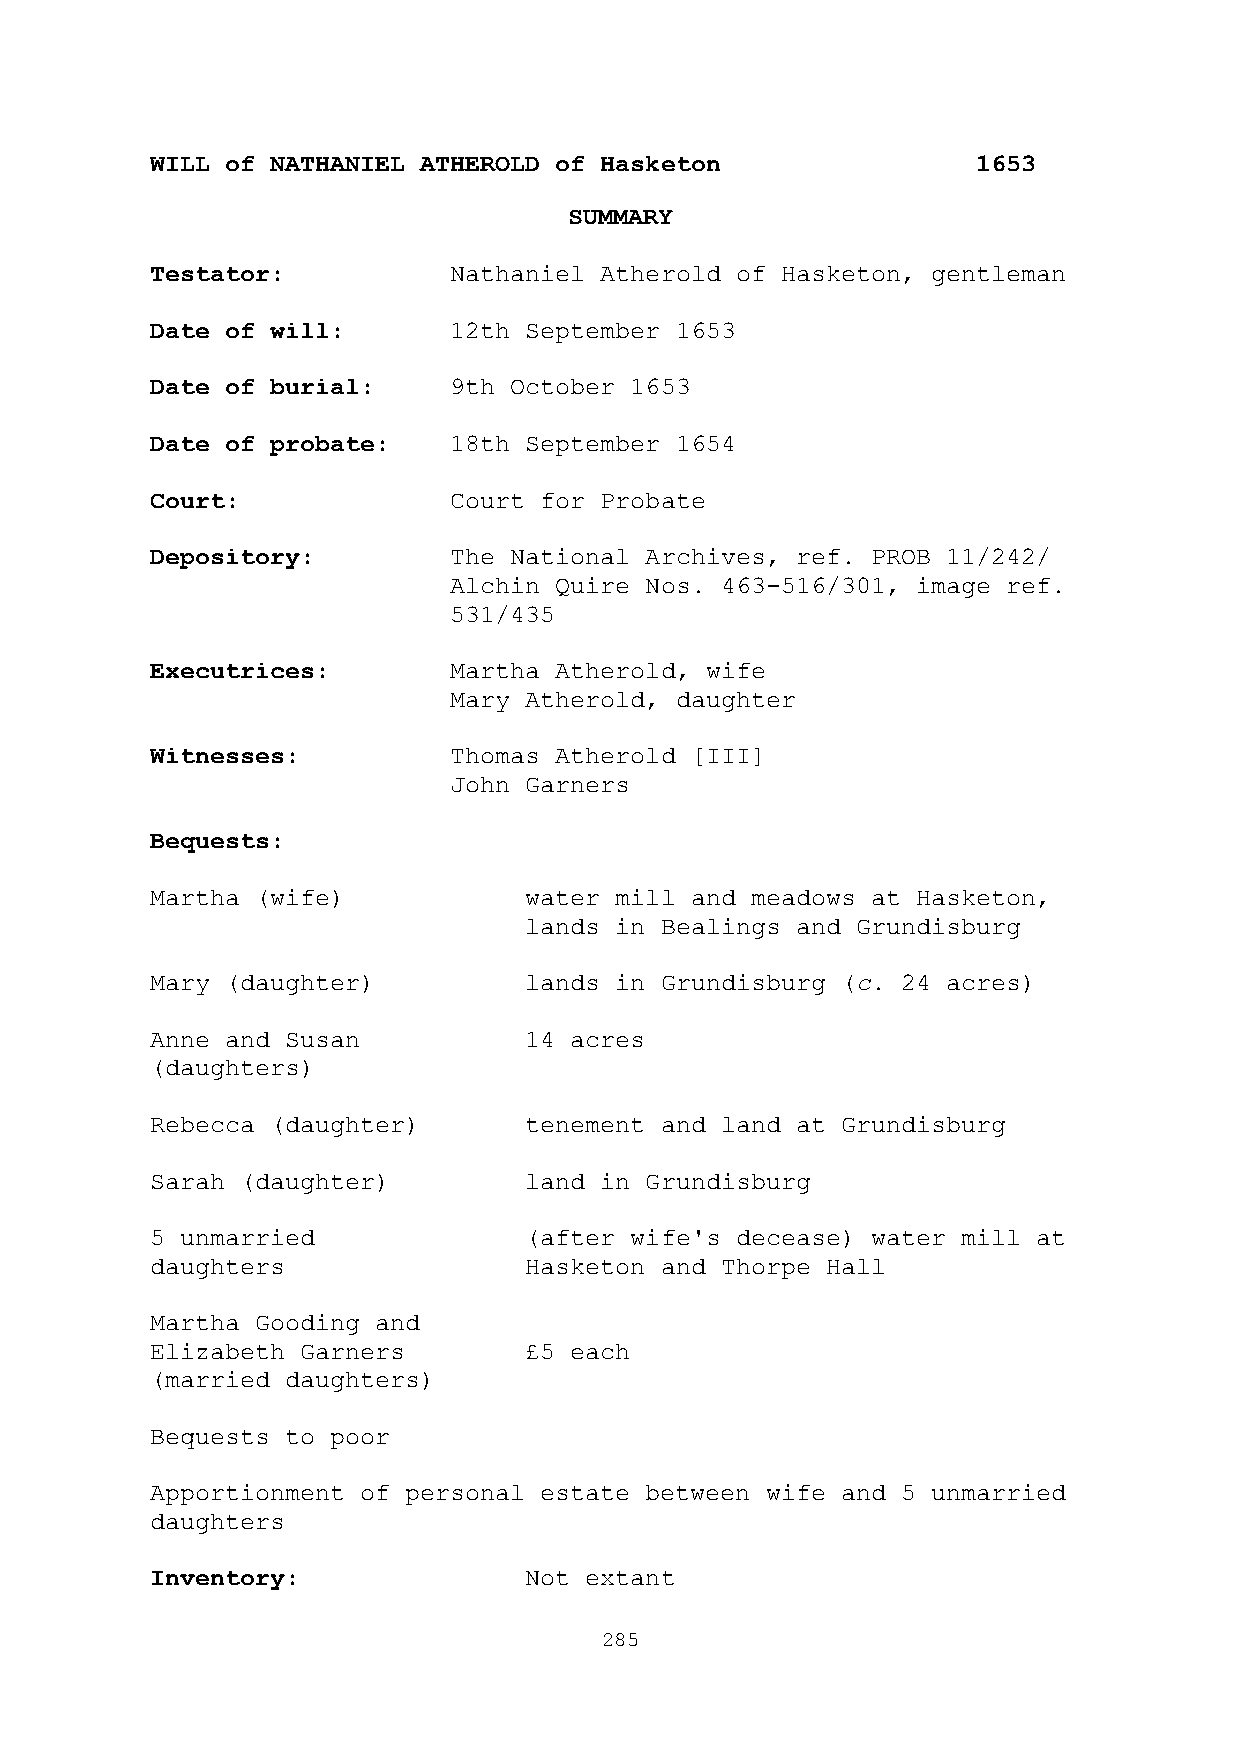
WILL of NATHANIEL ATHEROLD of Hasketon                 1653
 SUMMARY
 Testator:           Nathaniel Atherold of Hasketon, gentleman
 Date of will:       12th September 1653
 Date of burial:     9th October 1653
 Date of probate:    18th September 1654
 Court:              Court for Probate
 Depository:         The National Archives, ref. PROB 11/242/
 Alchin Quire Nos. 463-516/301, image ref.
 531/435
 Executrices:        Martha Atherold, wife
 Mary Atherold, daughter
 Witnesses:          Thomas Atherold [III]
 John Garners
 Bequests:
 Martha (wife)            water mill and meadows at Hasketon,
 lands in Bealings and Grundisburg
 Mary (daughter)          lands in Grundisburg (c. 24 acres)
 Anne and Susan           14 acres
 (daughters)
 Rebecca (daughter)       tenement and land at Grundisburg
 Sarah (daughter)         land in Grundisburg
 5 unmarried              (after wife's decease) water mill at
 daughters                Hasketon and Thorpe Hall
 Martha Gooding and
 Elizabeth Garners        £5 each
 (married daughters)
 Bequests to poor
 Apportionment of personal estate between wife and 5 unmarried
 daughters
 Inventory:               Not extant
 285